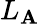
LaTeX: L_{\mathbf{A}}